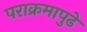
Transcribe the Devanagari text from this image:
पराक्रमापुढे